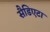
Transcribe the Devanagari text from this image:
सैडिएटा